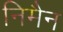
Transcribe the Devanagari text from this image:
निमैन